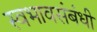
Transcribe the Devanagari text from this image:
स्वभावसंबंधी